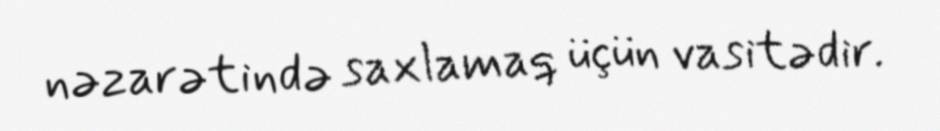
nəzarətində saxlamaq üçün vasitədir.